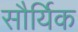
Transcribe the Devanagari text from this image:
सौर्यिक